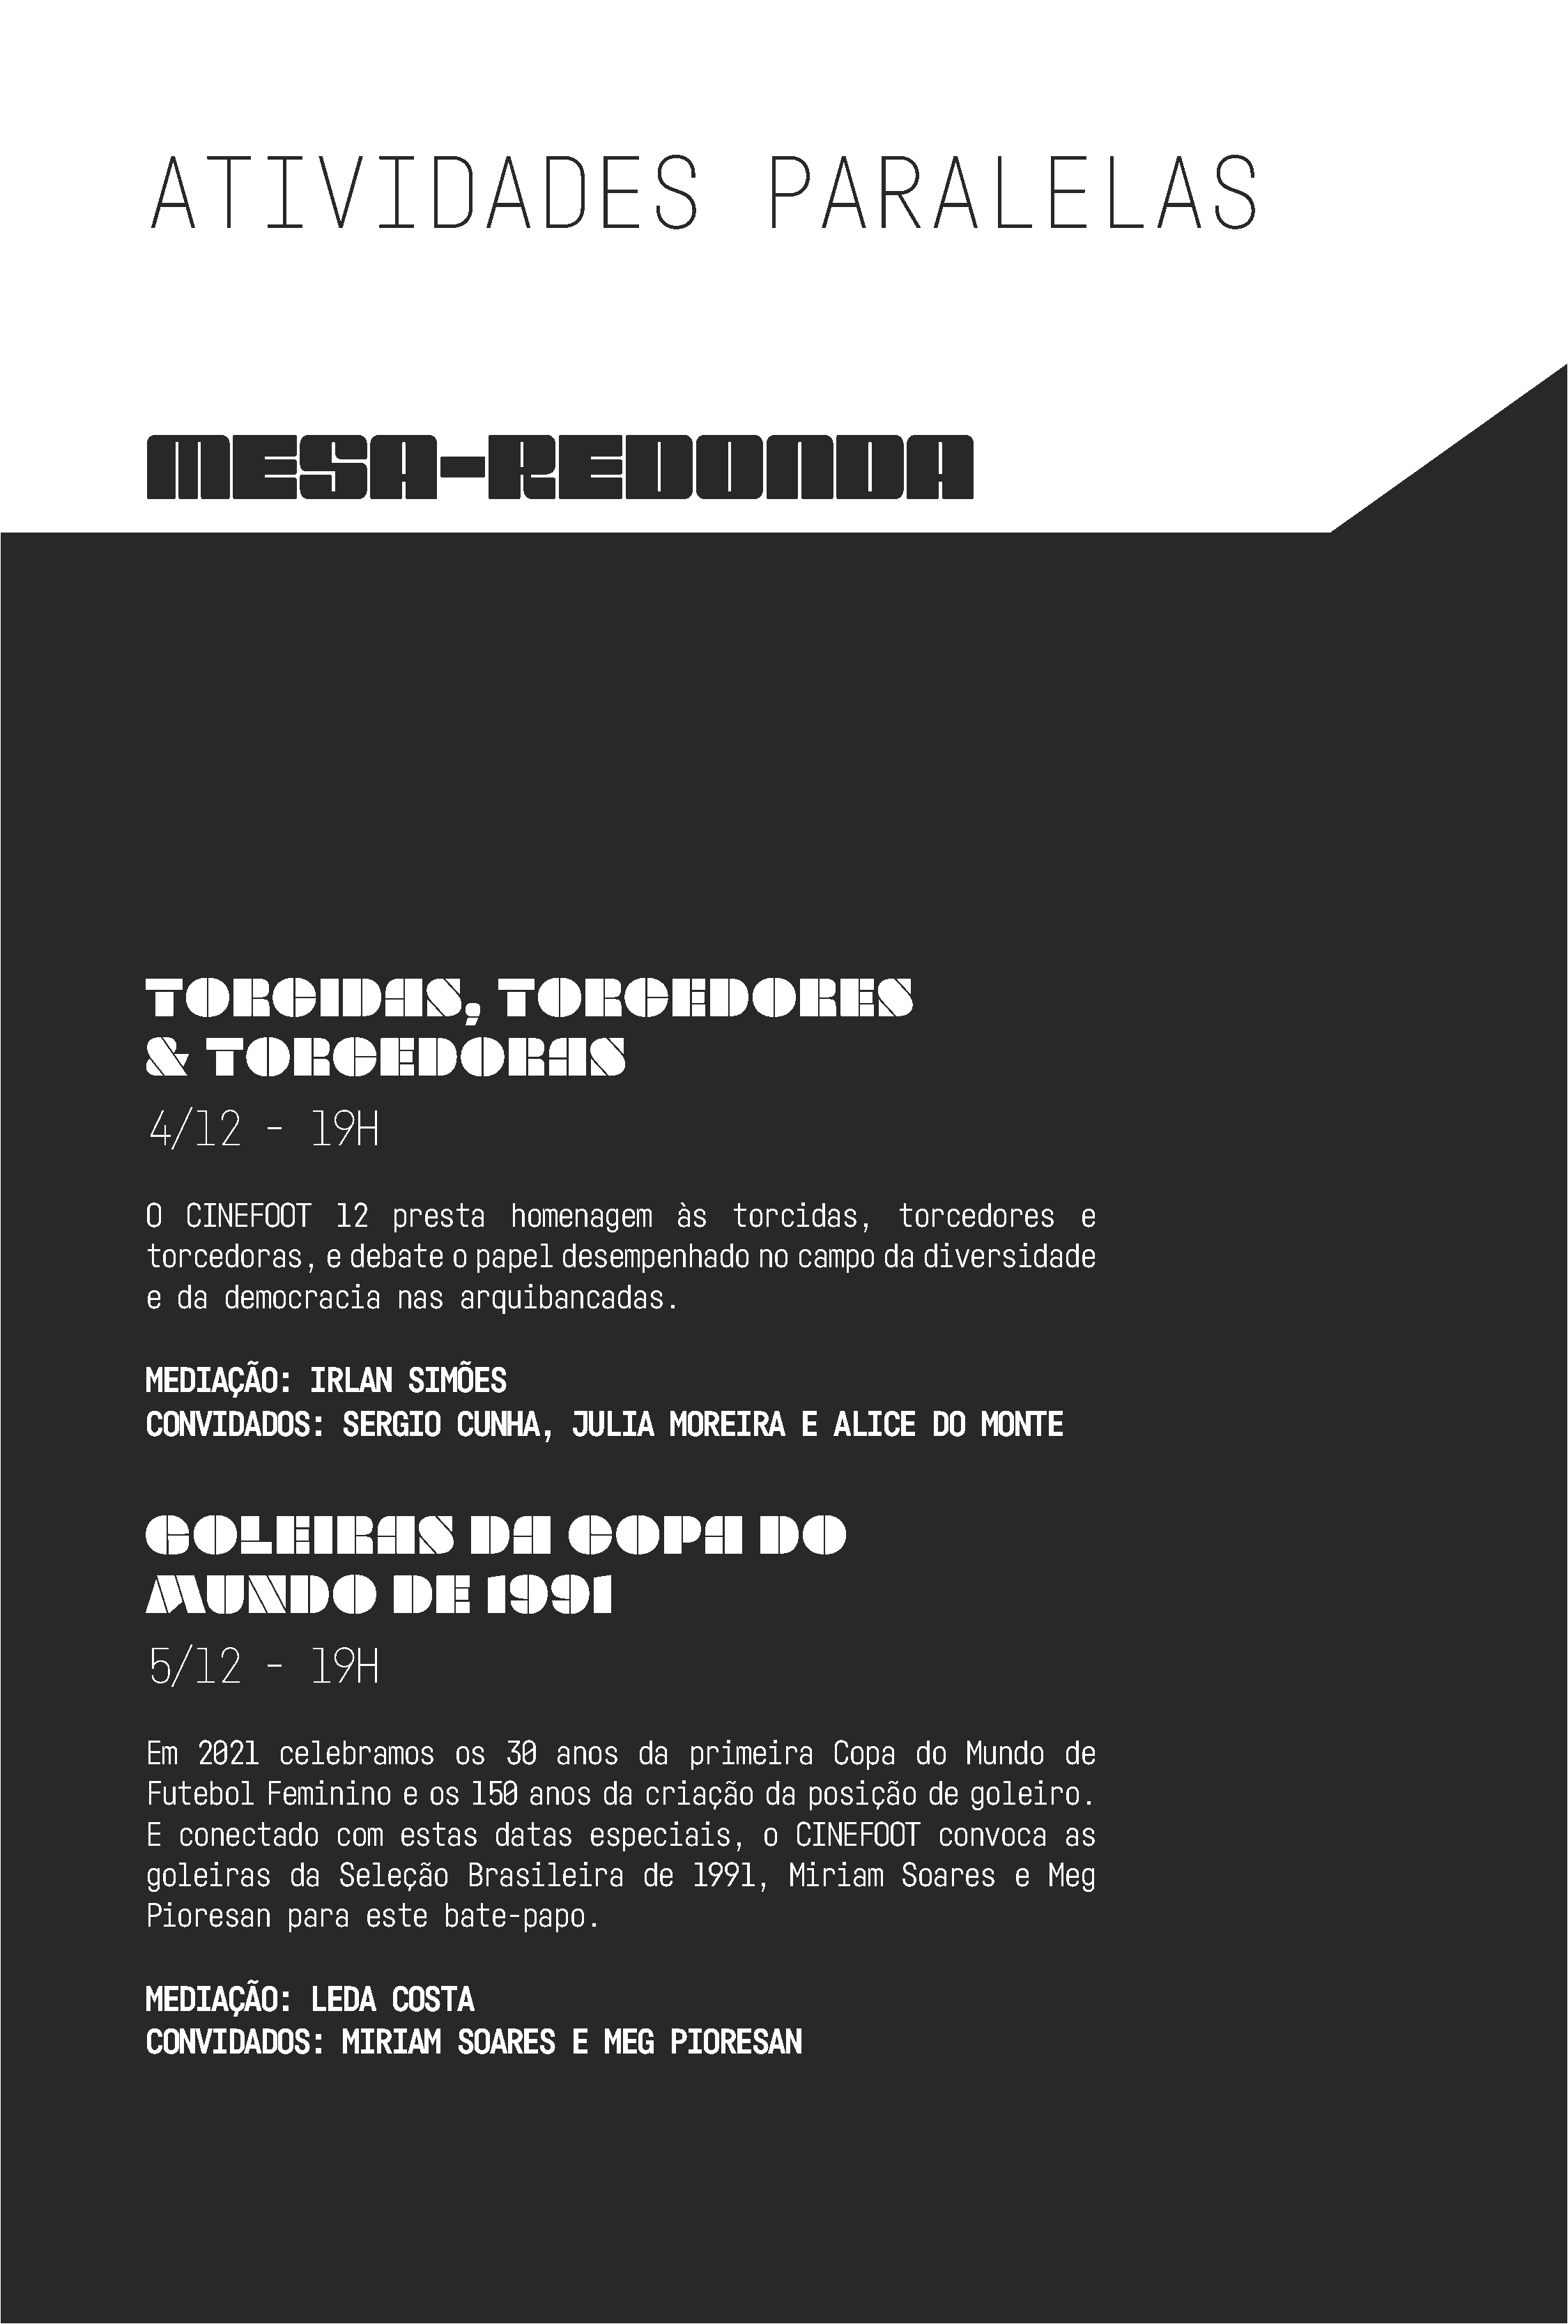
ATIVIDADES                                                PARALELAS
 MESA-REDONDA
 TORCIDAS,                        TORCEDORES
 &     TORCEDORAS
 4/12       -   19H
 O   CINEFOOT      12   presta     homenagem       às    torcidas,      torcedores        e
 torcedoras,      e debate    o papel   desempenhado       no  campo   da  diversidade
 e  da  democracia       nas   arquibancadas.
 MEDIAÇÃO:      IRLAN     SIMÕES
 CONVIDADOS:       SERGIO     CUNHA,     JULIA     MOREIRA     E  ALICE    DO   MONTE
 GOLEIRAS                       DA       COPA              DO
 MUNDO                  DE       1991
 5/12       -   19H
 Em   2021   celebramos       os   30   anos    da  primeira      Copa    do   Mundo    de
 Futebol    Feminino     e  os  150  anos   da  criação     da  posição    de  goleiro.
 E  conectado      com   estas    datas    especiais,      o   CINEFOOT     convoca     as
 goleiras     da   Seleção     Brasileira       de   1991,    Miriam     Soares    e   Meg
 Pioresan     para    este   bate-papo.
 MEDIAÇÃO:      LEDA    COSTA
 CONVIDADOS:       MIRIAM     SOARES     E  MEG    PIORESAN